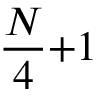
\frac { N } { 4 } { + } 1